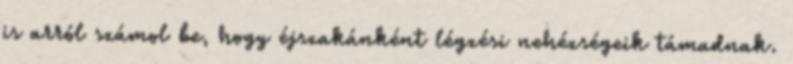
is arról számol be, hogy éjszakánként légzési nehézségeik támadnak.